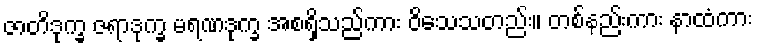
ဇာတိဒုက္ခ ဇရာဒုက္ခ မရဏဒုက္ခ အစရှိသည်ကား ဝိသေသတည်း။ တစ်နည်းကား နာထံကား